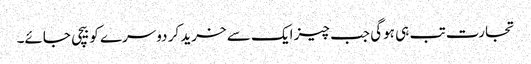
تجارت تب ہی ہوگی جب چیز ایک سے خرید کر دوسرے کو بیچی جائے۔